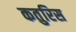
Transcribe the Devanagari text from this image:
कतुरिस